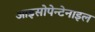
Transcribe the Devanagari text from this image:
आइसोपेन्टेनाइल